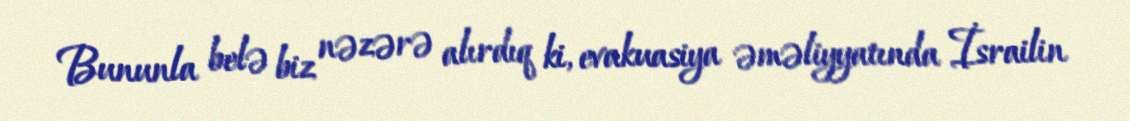
Bununla belə biz nəzərə alırdıq ki, evakuasiya əməliyyatında İsrailin